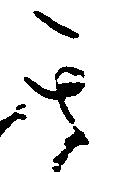
其